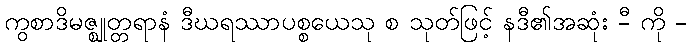
ကွစာဒိမဇ္ဈုတ္တရာနံ ဒီဃရဿာပစ္စယေသု စ သုတ်ဖြင့် နဒီ၏အဆုံး -ီ ကို -